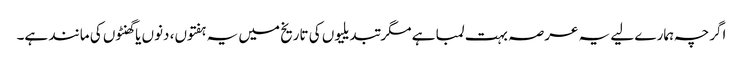
اگرچہ ہمارے لیے یہ عرصہ بہت لمبا ہے مگر تبدیلیوں کی تاریخ میں یہ ہفتوں، دنوں یا گھنٹوں کی مانند ہے۔